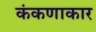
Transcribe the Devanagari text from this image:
कंकणाकार